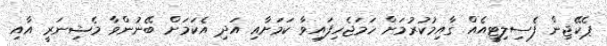
ޕެކޭޖިން ފެސިލިޓީއެއް ގާއިމުކުރުމަށް ހަމަޖެހިފައިވާ ކަމަށާއި އަދި އެކަމަށް ބޭނުންވާ މެޝިނަރީ އާއި